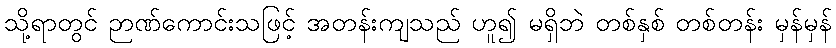
သို့ရာတွင် ဉာဏ်ကောင်းသဖြင့် အတန်းကျသည် ဟူ၍ မရှိဘဲ တစ်နှစ် တစ်တန်း မှန်မှန်